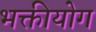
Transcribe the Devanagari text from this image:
भक्तीयोग